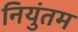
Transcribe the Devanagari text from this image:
नियुंतम